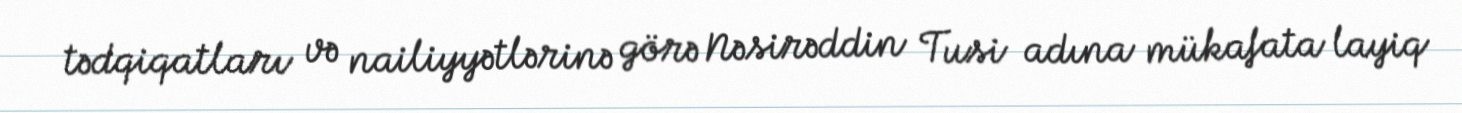
tədqiqatları və nailiyyətlərinə görə Nəsirəddin Tusi adına mükafata layiq